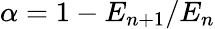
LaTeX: \alpha=1-E_{n+1}/E_{n}